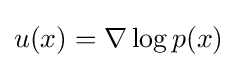
u(x)=\nabla \log p(x)